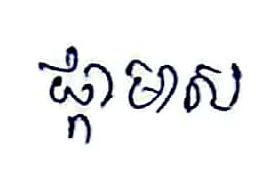
ផ្កាមាស